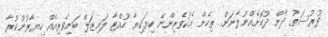
ފުރުސަތު ދާން ދޫކޮށެއްނުލާނަން. ތިހެން އެކުވެރިންނޭ ކިޔަކިޔާ ހުއްޓާ ލައިޒަލް ބައިވެރިއެއް ހިޔާރުނުކުރާ